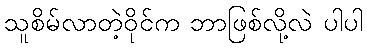
သူစိမ်လာတဲ့ဝိုင်က ဘာဖြစ်လို့လဲ ပါပါ